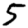
Digit: 5